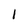
Character: 1